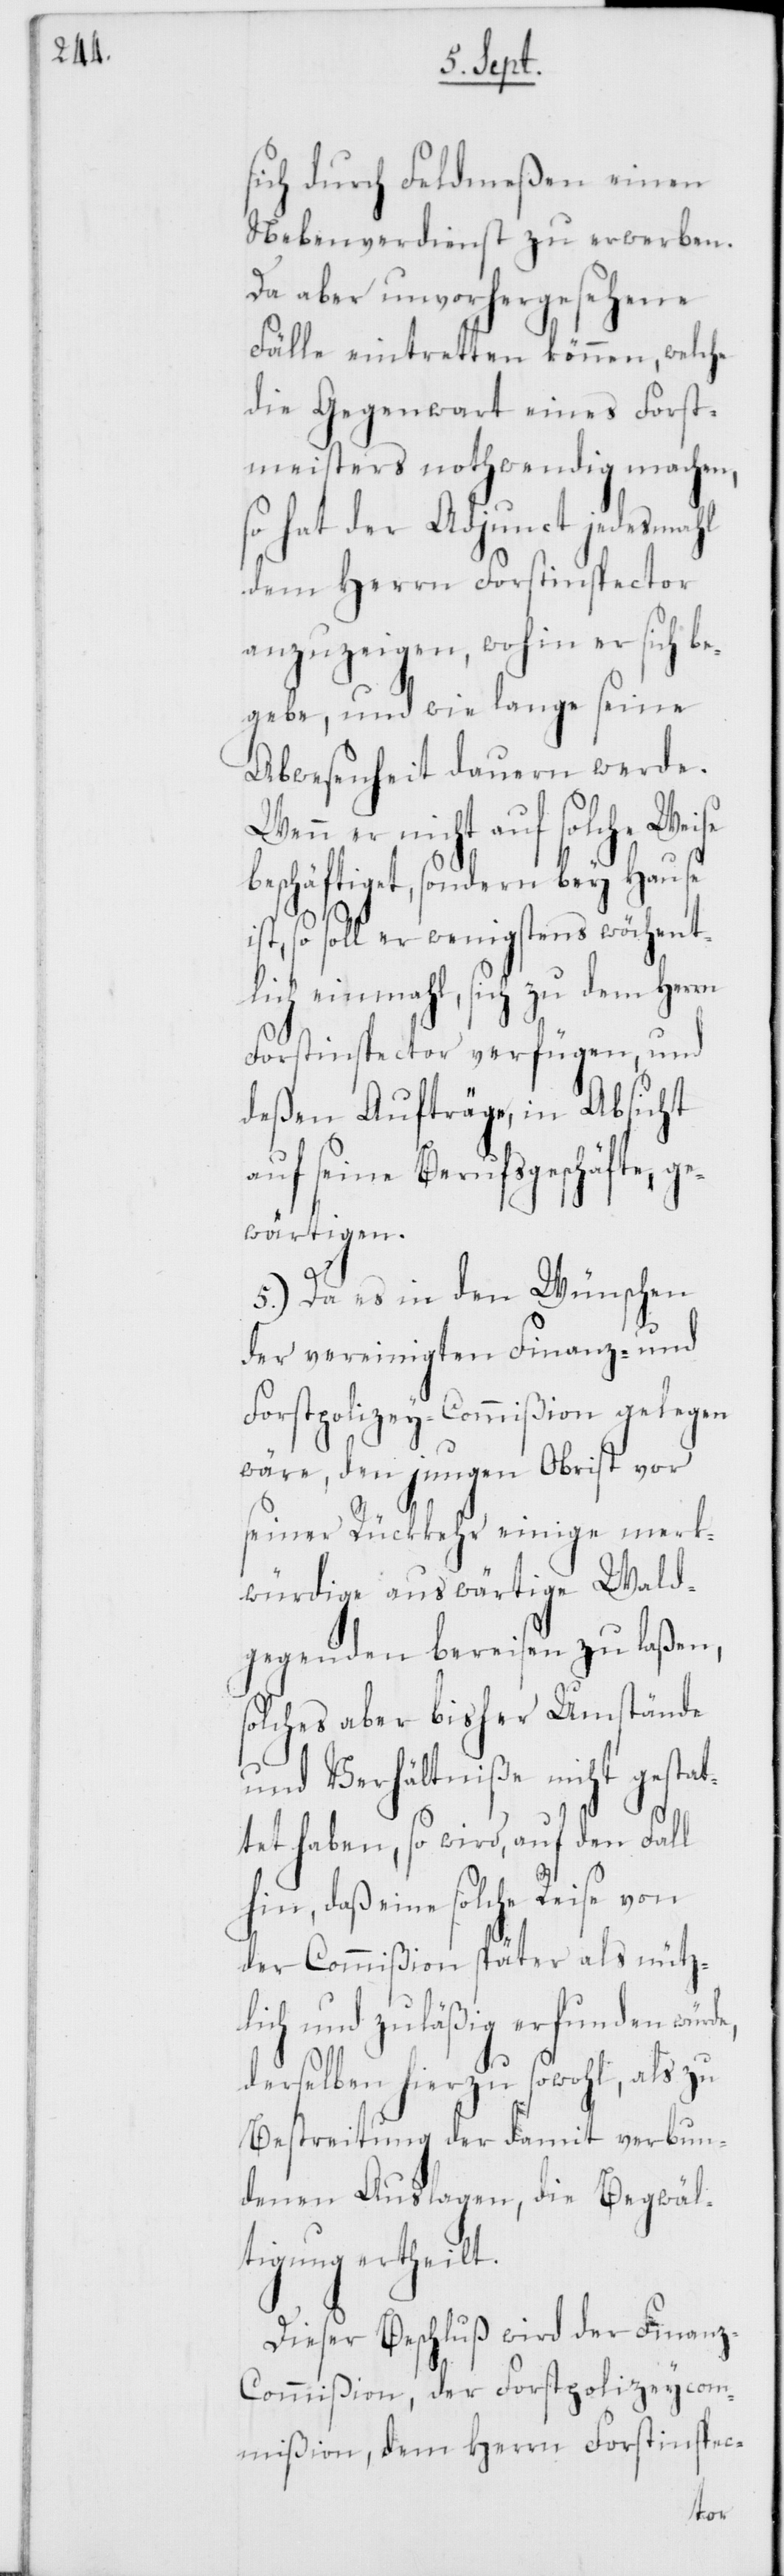
sich durch Feldmeßen einen
Nebenverdienst zu erwerben.
Da aber unvorhergesehene
Fälle eintretten können, welche
die Gegenwart eines Forst¬
meisters nothwendig machen,
so hat der Adunct jedesmahl
dem Herrn Forstinspector
anzuzeigen, wohin er sich be¬
gebe, und wie lange seine
Abwesenheit dauern werde.
Wenn er nicht auf
beschäftiget, sondern bey Hause
ist, so soll er wenigstens wöchent¬
lich einmahl, sich zu dem Herrn
Forstinspector verfügen, und
deßen Aufträge, in Absicht
auf seine Berufsgeschäfte, g¬
ewärtigen.
5.) Da es in den Wünschen
der vereinigten Finanz- und
Forstpolizey-Commißion gelegen
wäre, den jungen Obrist vor
seiner Rückkehr einige merk¬
würdige auswärtige Wald¬
gegenden bereisen zu laßen,
solches aber bisher Umstände
und Verhältniße nicht gestat¬
tet haben, so wird, auf den Fall
hin, daß eine solche Reise von
der Commißion später als nütz¬
lich und zuläßig erfunden würde,
derselben hierzu sowohl, als zu
Bestreitung der damit verbun¬
denen Auslagen, die Begwäl¬
tigung ertheilt.
Dieser Beschluß wird der Finan¬
z-Commißion, der Forstpolizeycom¬
mißion, dem Herrn Forstinspec-